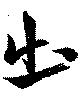
出